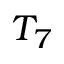
T _ { 7 }